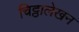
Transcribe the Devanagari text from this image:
चिट्ठालेखन